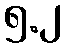
၅.၂